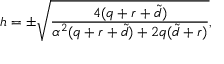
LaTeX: h = \pm \sqrt { \frac { 4 ( q + r + { \tilde { d } } ) } { \alpha ^ { 2 } ( q + r + { \tilde { d } } ) + 2 q ( { \tilde { d } } + r ) } } ,